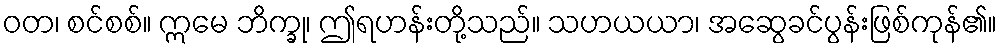
ဝတ၊ စင်စစ်။ ဣမေ ဘိက္ခု၊ ဤရဟန်းတို့သည်။ သဟယယာ၊ အဆွေခင်ပွန်းဖြစ်ကုန်၏။